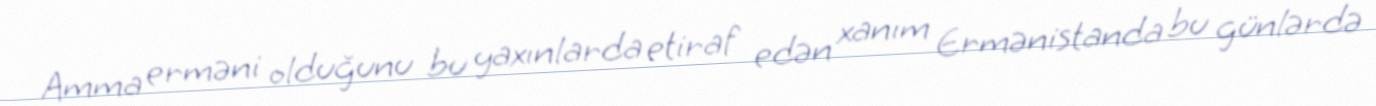
Amma erməni olduğunu bu yaxınlarda etiraf edən xanım Ermənistanda bu günlərdə